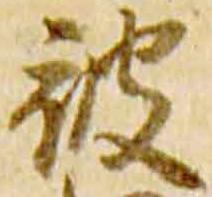
被